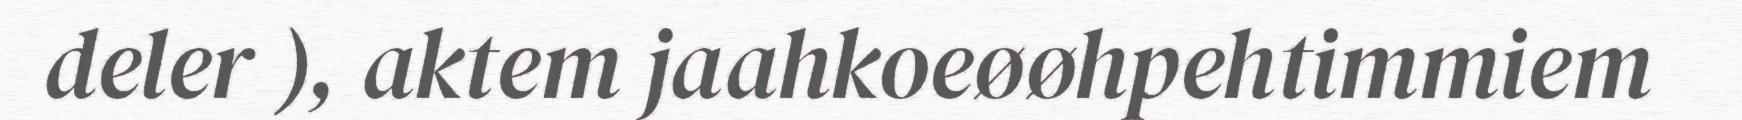
deler ), aktem jaahkoeøøhpehtimmiem